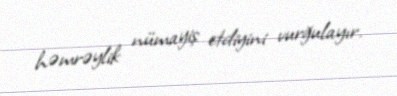
həmrəylik nümayiş etdiyini vurğulayır.